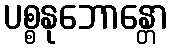
ပစ္စနုဘောန္တော